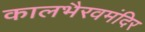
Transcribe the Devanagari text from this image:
कालभैरवमंदिर